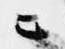
ニ